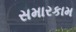
સમારકામ